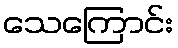
သေကြောင်း